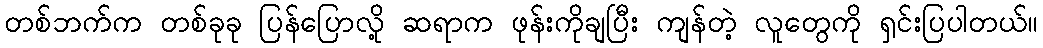
တစ်ဘက်က တစ်ခုခု ပြန်ပြောလို့ ဆရာက ဖုန်းကိုချပြီး ကျန်တဲ့ လူတွေကို ရှင်းပြပါတယ်။